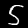
Digit: 5